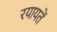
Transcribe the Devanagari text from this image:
रयायतें